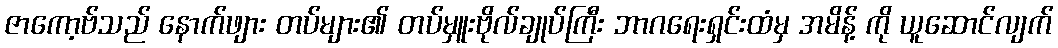
ဇာကော့ဗ်သည် နောက်ဖျား တပ်များ၏ တပ်မှူးဗိုလ်ချုပ်ကြီး ဘာဂရေးရှင်းထံမှ အမိန့် ကို ယူဆောင်လျက်